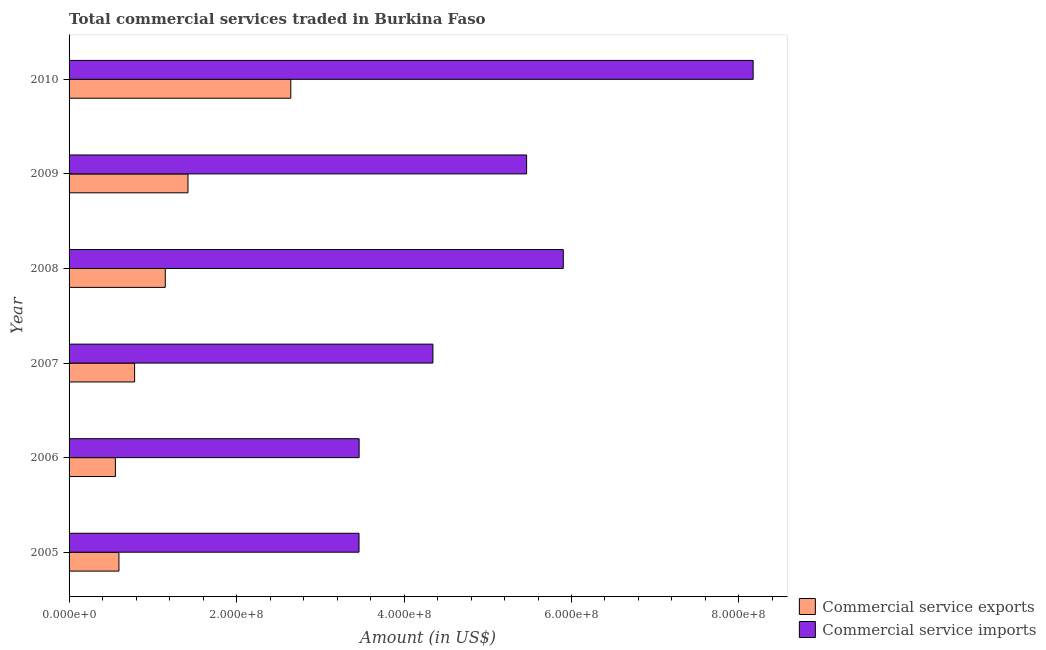
| Year | Commercial service exports | Commercial service imports |
 | --- | --- | --- |
 | 2005 | 5.95e+07 | 3.46e+08 |
 | 2006 | 5.53e+07 | 3.46e+08 |
 | 2007 | 7.83e+07 | 4.35e+08 |
 | 2008 | 1.15e+08 | 5.9e+08 |
 | 2009 | 1.42e+08 | 5.46e+08 |
 | 2010 | 2.65e+08 | 8.17e+08 |